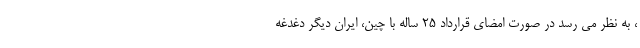
، به نظر می رسد در صورت امضای قرارداد ۲۵ ساله با چین، ایران دیگر دغدغه